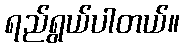
ရည်ရွယ်ပါတယ်။